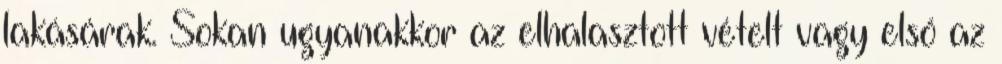
lakásárak. Sokan ugyanakkor az elhalasztott vételt vagy első az